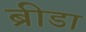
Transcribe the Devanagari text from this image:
ब्रीडा